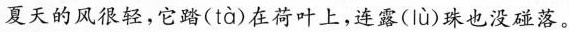
夏天的风很轻，它踏( tà )在荷叶上，连露( lù )珠也没碰落。